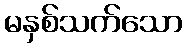
မနှစ်သက်သော